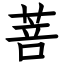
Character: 菩